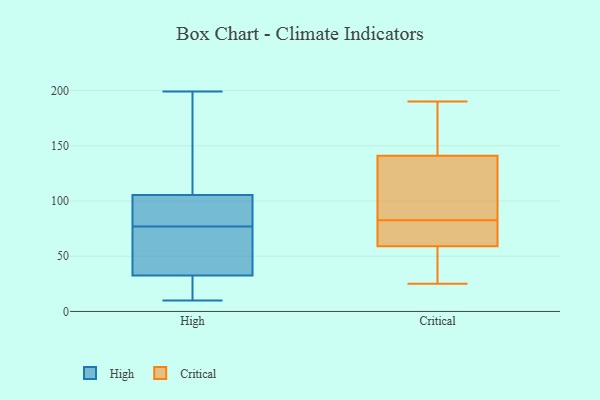
{"axis": {"x": "Demand Index", "y": "Value"}, "legend": ["Critical", "High"], "data": [{"x": "", "y": 35, "type": "High"}, {"x": "", "y": 111, "type": "High"}, {"x": "", "y": 94, "type": "High"}, {"x": "", "y": 99, "type": "High"}, {"x": "", "y": 199, "type": "High"}, {"x": "", "y": 45, "type": "High"}, {"x": "", "y": 60, "type": "High"}, {"x": "", "y": 100, "type": "High"}, {"x": "", "y": 10, "type": "High"}, {"x": "", "y": 152, "type": "High"}, {"x": "", "y": 30, "type": "High"}, {"x": "", "y": 27, "type": "High"}, {"x": "", "y": 25, "type": "Critical"}, {"x": "", "y": 190, "type": "Critical"}, {"x": "", "y": 59, "type": "Critical"}, {"x": "", "y": 49, "type": "Critical"}, {"x": "", "y": 62, "type": "Critical"}, {"x": "", "y": 77, "type": "Critical"}, {"x": "", "y": 163, "type": "Critical"}, {"x": "", "y": 141, "type": "Critical"}, {"x": "", "y": 75, "type": "Critical"}, {"x": "", "y": 59, "type": "Critical"}, {"x": "", "y": 161, "type": "Critical"}, {"x": "", "y": 121, "type": "Critical"}, {"x": "", "y": 118, "type": "Critical"}, {"x": "", "y": 88, "type": "Critical"}]}